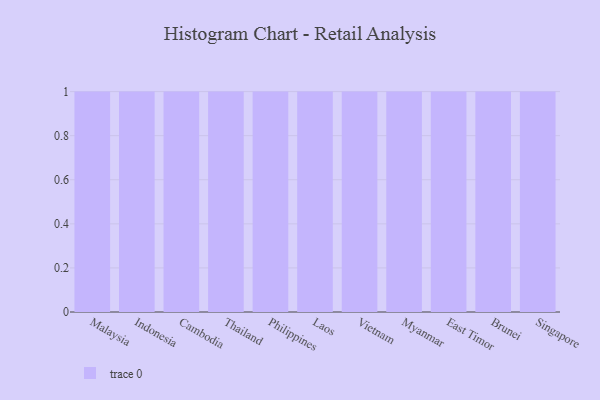
{"axis": {"x": "Country", "y": "Conversion Rate (%)"}, "legend": [""], "data": [{"x": "Malaysia", "y": 74, "type": ""}, {"x": "Indonesia", "y": 3, "type": ""}, {"x": "Cambodia", "y": 8, "type": ""}, {"x": "Thailand", "y": 94, "type": ""}, {"x": "Philippines", "y": 26, "type": ""}, {"x": "Laos", "y": 72, "type": ""}, {"x": "Vietnam", "y": 71, "type": ""}, {"x": "Myanmar", "y": 35, "type": ""}, {"x": "East Timor", "y": 93, "type": ""}, {"x": "Brunei", "y": 33, "type": ""}, {"x": "Singapore", "y": 90, "type": ""}]}